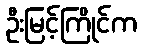
ဦးမြင့်ကြိုင်က